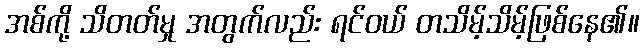
အစ်ကို့ သိတတ်မှု အတွက်လည်း ရင်ဝယ် တသိမ့်သိမ့်ဖြစ်နေ၏။